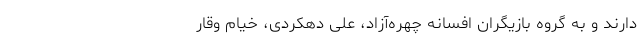
دارند و به گروه بازیگران افسانه چهره‌آزاد، علی دهکردی، خیام وقار